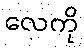
လေကို